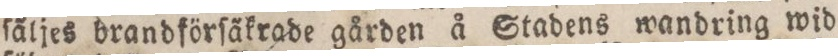
ſäljes brandförſäkrade gården å Stadens wandring wid